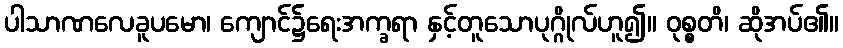
ပါသာဏလေခူပမော၊ ကျောင်၌ရေးအက္ခရာ နှင့်တူသောပုဂ္ဂိုလ်ဟူ၍။ ဝုစ္စတိ၊ ဆိုအပ်၏။